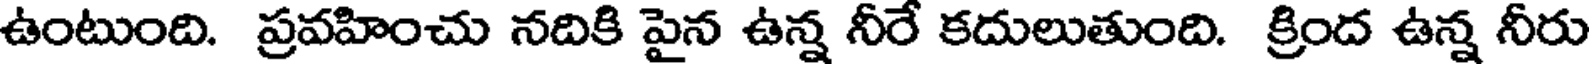
ఉంటుంది. ప్రవహించు నదికి పైన ఉన్న నీరే కదులుతుంది. క్రింద ఉన్న నీరు